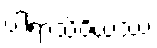
ပါရာသိဝိယဿ